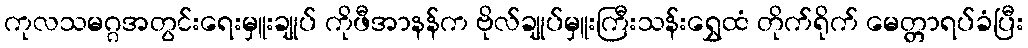
ကုလသမဂ္ဂအတွင်းရေးမှူးချုပ် ကိုဖီအာနန်က ဗိုလ်ချုပ်မှူးကြီးသန်းရွှေထံ တိုက်ရိုက် မေတ္တာရပ်ခံပြီး